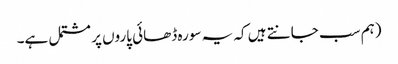
(ہم سب جانتے ہیں کہ یہ سورہ ڈھائی پاروں پر مشتمل ہے۔